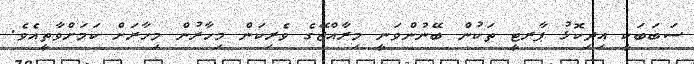
ސަބަބަކީ އިިދިކޮޅު ޕާރޓީ ތަކުން ބޭނުންވަނީ މިރާއްޖޭގެ ވެރިކަން މިހާރުން މިހާރަށް ކަމަށްވާތީއެވެ.